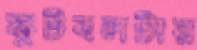
ফুটবলটার